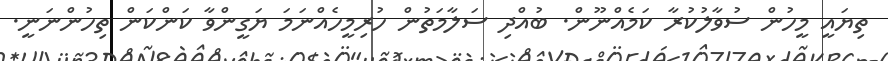
ތިޔައީ މީހުން ސުވާލުކުރާ ކަމެއްނޫން. ބުއްދި ސަލާމަތުން ހުރިމީހެއްނަމަ ޔަގީންވާ ކަންކަން ތިހުންނަނީ.